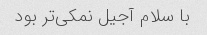
با سلام آجیل نمکی‌تر بود